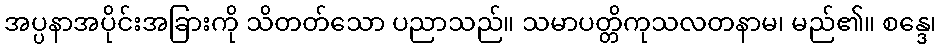
အပ္ပနာအပိုင်းအခြားကို သိတတ်သော ပညာသည်။ သမာပတ္တိကုသလတနာမ၊ မည်၏။ စန္ဒေ၊